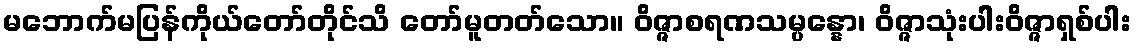
မဘောက်မပြန်ကိုယ်တော်တိုင်သိ တော်မူတတ်သော။ ဝိဇ္ဇာစရဏသမ္ပန္နော၊ ဝိဇ္ဇာသုံးပါးဝိဇ္ဇာရှစ်ပါး